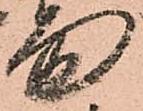
面